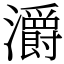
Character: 灂